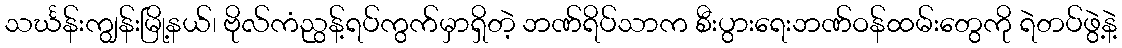
သင်္ဃန်းကျွန်းမြို့နယ်၊ ဗိုလ်ကံညွန့်ရပ်ကွက်မှာရှိတဲ့ ဘဏ်ရိပ်သာက စီးပွားရေးဘဏ်ဝန်ထမ်းတွေကို ရဲတပ်ဖွဲ့နဲ့